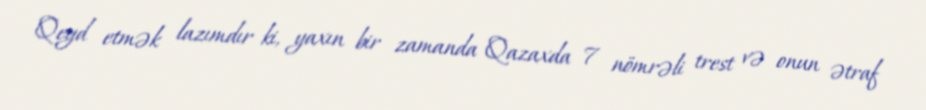
Qeyd etmək lazımdır ki, yaxın bir zamanda Qazaxda 7 nömrəli trest və onun ətraf